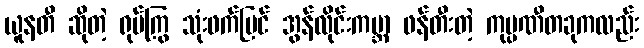
ယူနတီ ဆိုတဲ့ ရုပ်ကြွ သုံးဖက်မြင် အွန်လိုင်းကမ္ဘာ ဖန်တီးတဲ့ ကုမ္ပဏီတခုကလည်း